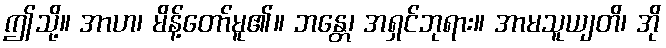
ဤသို့။ အာဟ၊ မိန့်တော်မူ၏။ ဘန္တေ၊ အရှင်ဘုရား။ အာမသူယျတိ၊ အို